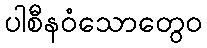
ပါစီနဝံသောတွေဝ